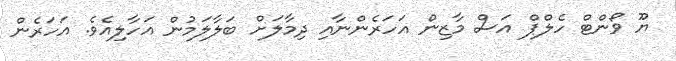
ޔޫ ވޯންޓް ހެލްޕް އަސް މާޒިން އަހަރެންނާއި ދިމާލަށް ބަލާލަމުން އަހާލިއެވެ. އަހަރެން